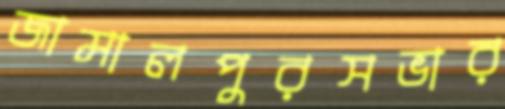
জামালপুরসভার